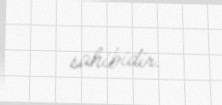
sahibidir.